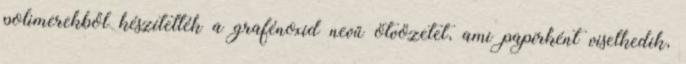
polimerekből készítették a grafénoxid nevű ötvözetet, ami papírként viselkedik,